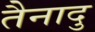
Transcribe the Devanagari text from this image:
तैनादु